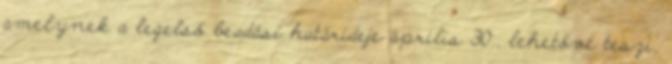
amelynek a legelső beadási határideje április 30., lehetővé teszi,